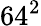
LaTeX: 64^{2}